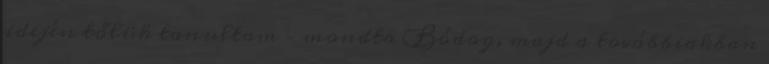
idején tőlük tanultam – mondta Bódog, majd a továbbiakban